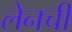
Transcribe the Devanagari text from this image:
लेनची